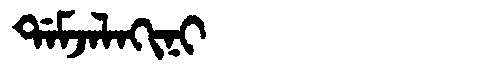
Manchu: ᡩᠠᠮᠵᠠᠯᠠᡴᡳᠨᡳ
Romanization: DAMJALAKINI